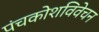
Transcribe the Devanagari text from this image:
पंचकोशविवेचन